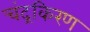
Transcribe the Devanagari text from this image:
चंद्रकिरण